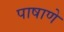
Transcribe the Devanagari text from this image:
पाषाणे